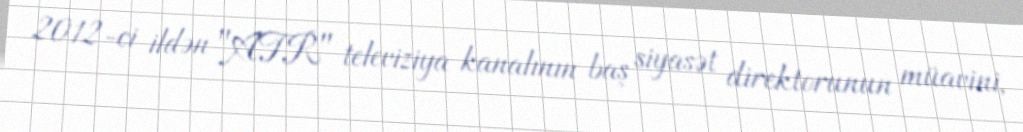
2012-ci ildən "ATR" televiziya kanalının baş siyasət direktorunun müavini,